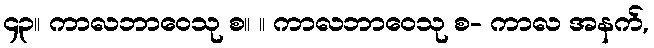
၄၃။ ကာလဘာဝေသု စ။ ။ ကာလဘာဝေသု စ- ကာလ အနက်,